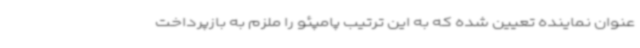
عنوان نماینده تعیین شده که به این ترتیب پامپئو را ملزم به بازپرداخت